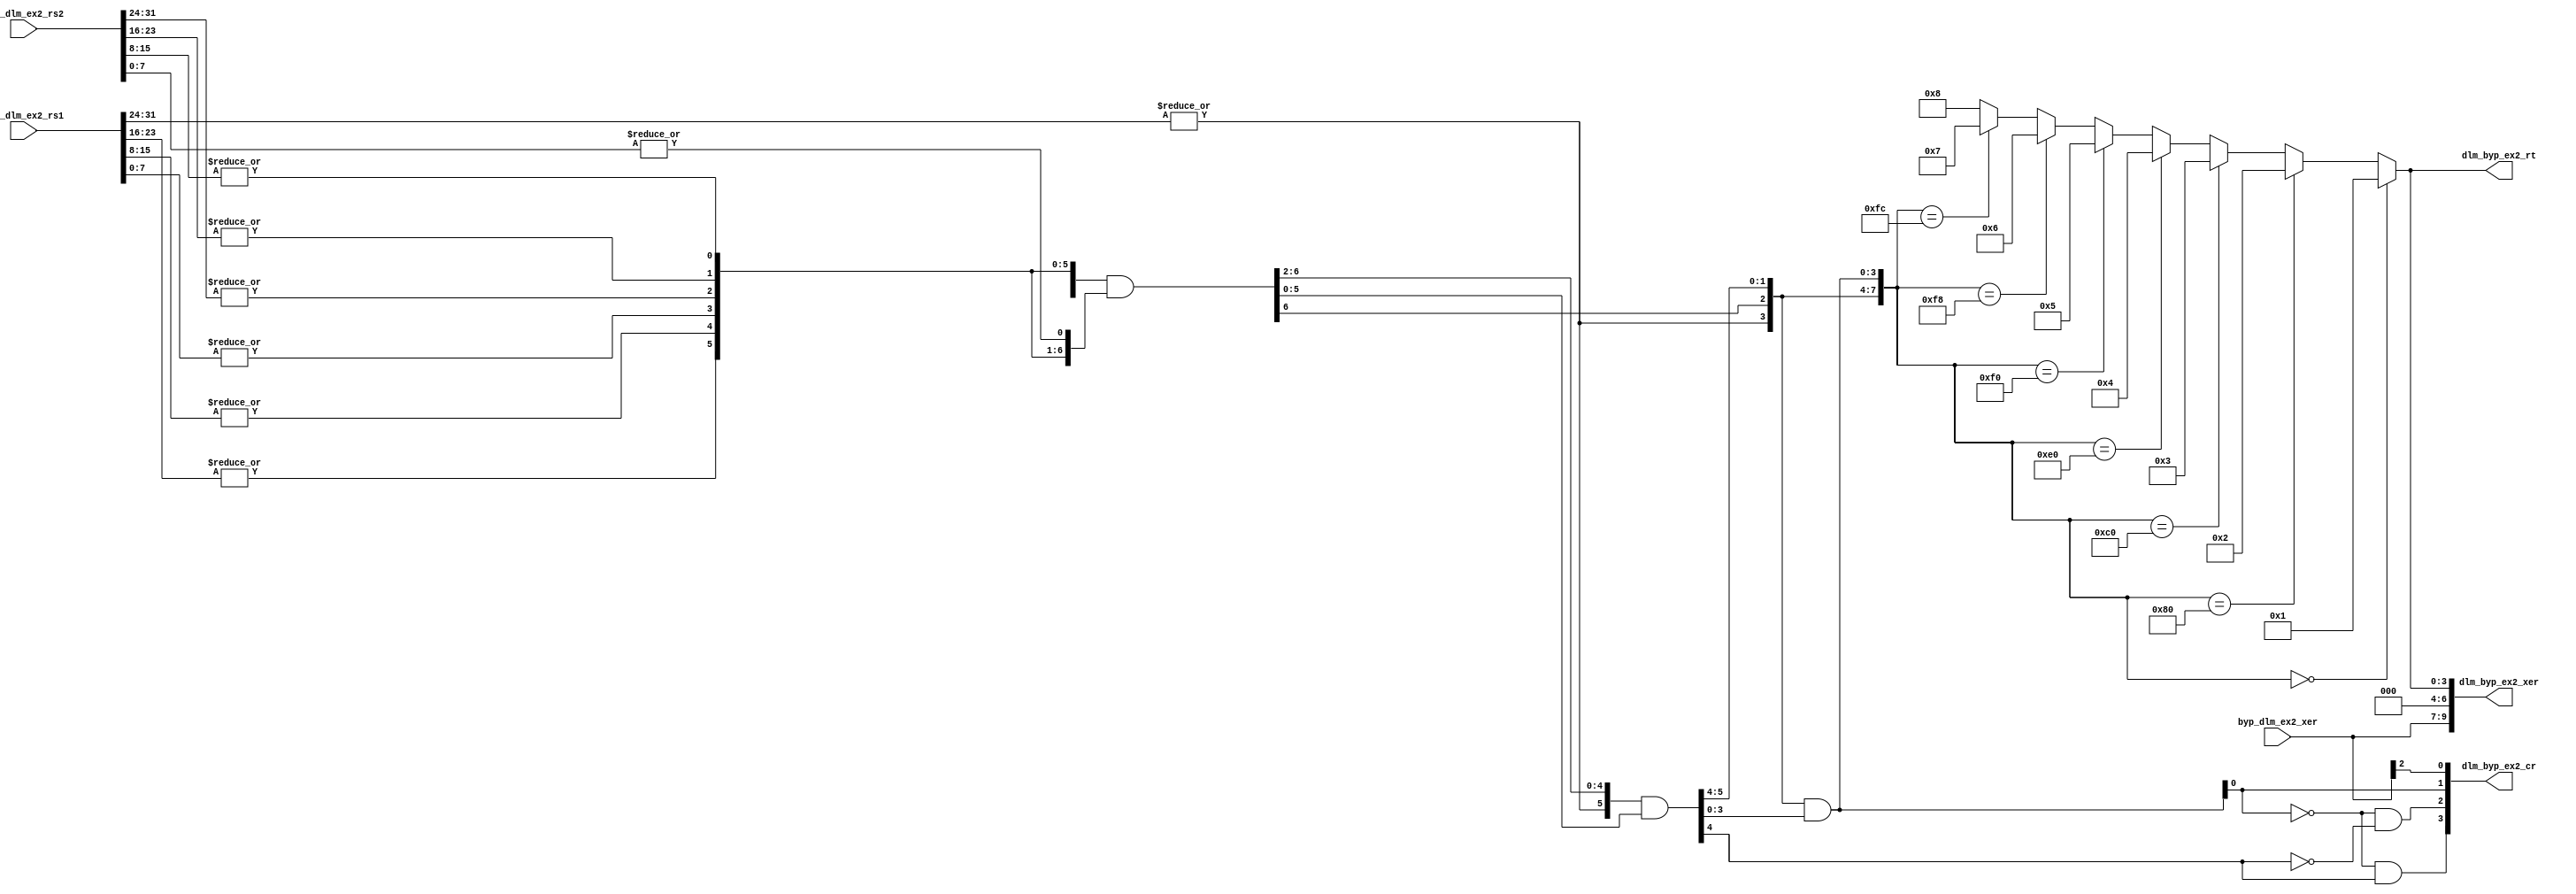
//  IBM Corp. 2020
// Licensed under the Apache License, Version 2.0 (the "License"), as modified by
// the terms below; you may not use the files in this repository except in
// compliance with the License as modified.
// You may obtain a copy of the License at http://www.apache.org/licenses/LICENSE-2.0
//
// Modified Terms:
//
//    1) For the purpose of the patent license granted to you in Section 3 of the
//    License, the "Work" hereby includes implementations of the work of authorship
//    in physical form.
//
//    2) Notwithstanding any terms to the contrary in the License, any licenses
//    necessary for implementation of the Work that are available from OpenPOWER
//    via the Power ISA End User License Agreement (EULA) are explicitly excluded
//    hereunder, and may be obtained from OpenPOWER under the terms and conditions
//    of the EULA.
//
// Unless required by applicable law or agreed to in writing, the reference design
// distributed under the License is distributed on an "AS IS" BASIS, WITHOUT
// WARRANTIES OR CONDITIONS OF ANY KIND, either express or implied. See the License
// for the specific language governing permissions and limitations under the License.
//
// Additional rights, including the ability to physically implement a softcore that
// is compliant with the required sections of the Power ISA Specification, are
// available at no cost under the terms of the OpenPOWER Power ISA EULA, which can be
// obtained (along with the Power ISA) here: https://openpowerfoundation.org.

`timescale 1 ns / 1 ns

//*****************************************************************************
//  Description:  XU Determine Leftmost Zero Byte
//
//*****************************************************************************

module xu0_dlmzb(
   // Inputs
   input [32:63]  byp_dlm_ex2_rs1,
   input [32:63]  byp_dlm_ex2_rs2,
   input [0:2]    byp_dlm_ex2_xer,

   // Outputs
   output [0:9]   dlm_byp_ex2_xer,
   output [0:3]   dlm_byp_ex2_cr,
   output [60:63] dlm_byp_ex2_rt
);


   wire [0:7]     a;
   wire [0:7]     a0;
   wire [0:7]     a1;
   wire [0:7]     a2;
   wire [0:3]     y;

   // Null == 0
   assign a[0] = |(byp_dlm_ex2_rs1[32:39]);
   assign a[1] = |(byp_dlm_ex2_rs1[40:47]);
   assign a[2] = |(byp_dlm_ex2_rs1[48:55]);
   assign a[3] = |(byp_dlm_ex2_rs1[56:63]);
   assign a[4] = |(byp_dlm_ex2_rs2[32:39]);
   assign a[5] = |(byp_dlm_ex2_rs2[40:47]);
   assign a[6] = |(byp_dlm_ex2_rs2[48:55]);
   assign a[7] = |(byp_dlm_ex2_rs2[56:63]);

   assign a0[1:7] = a[0:6] & a[1:7];
   assign a1[2:7] = a0[0:5] & a0[2:7];
   assign a2[4:7] = a1[0:3] & a1[4:7];

   assign a0[0:0] = a[0:0];
   assign a1[0:1] = a0[0:1];
   assign a2[0:3] = a1[0:3];

   assign y = (a2[0:7] == 8'b00000000) ? 4'b0001 : 		// Null in last  4B
              (a2[0:7] == 8'b10000000) ? 4'b0010 :
              (a2[0:7] == 8'b11000000) ? 4'b0011 :
              (a2[0:7] == 8'b11100000) ? 4'b0100 :
              (a2[0:7] == 8'b11110000) ? 4'b0101 :
              (a2[0:7] == 8'b11111000) ? 4'b0110 :
              (a2[0:7] == 8'b11111100) ? 4'b0111 :
              4'b1000;

   assign dlm_byp_ex2_cr[0] = (~a2[7]) & a2[3];
   assign dlm_byp_ex2_cr[1] = (~a2[7]) & (~a2[3]);		   // Null in first 4B
   assign dlm_byp_ex2_cr[2] = a2[7];		               // Null not found
   assign dlm_byp_ex2_cr[3] = byp_dlm_ex2_xer[0];		   // SO Copy

   assign dlm_byp_ex2_xer = {byp_dlm_ex2_xer[0:2], 3'b000, y[0:3]};

   assign dlm_byp_ex2_rt = y;

endmodule